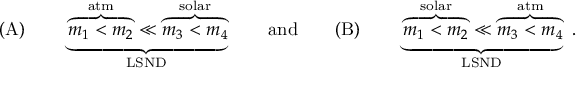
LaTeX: \mathrm { ( A ) } \qquad \underbrace { \overbrace { m _ { 1 } < m _ { 2 } } ^ { \mathrm { a t m } } \ll \overbrace { m _ { 3 } < m _ { 4 } } ^ { \mathrm { s o l a r } } } _ { \mathrm { L S N D } } \qquad \mathrm { a n d } \qquad \mathrm { ( B ) } \qquad \underbrace { \overbrace { m _ { 1 } < m _ { 2 } } ^ { \mathrm { s o l a r } } \ll \overbrace { m _ { 3 } < m _ { 4 } } ^ { \mathrm { a t m } } } _ { \mathrm { L S N D } } \; .